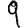
Digit: 9